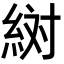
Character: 𬗔